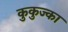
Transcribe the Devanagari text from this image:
कुकुज्का